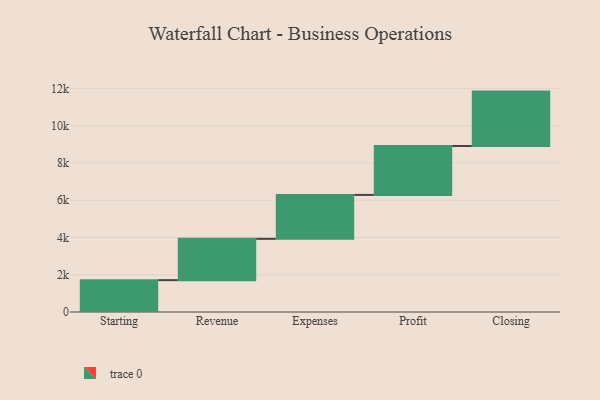
{"axis": {"x": "Step", "y": "Value"}, "legend": [""], "data": [{"x": "Starting", "y": 1710.0, "type": ""}, {"x": "Revenue", "y": 2216.0, "type": ""}, {"x": "Expenses", "y": 2358.0, "type": ""}, {"x": "Profit", "y": 2624.0, "type": ""}, {"x": "Closing", "y": 2920.0, "type": ""}]}